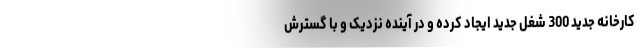
کارخانه جدید 300 شغل جدید ایجاد کرده و در آینده نزدیک و با گسترش